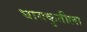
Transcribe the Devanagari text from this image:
घायकुतीला